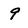
Character: 9